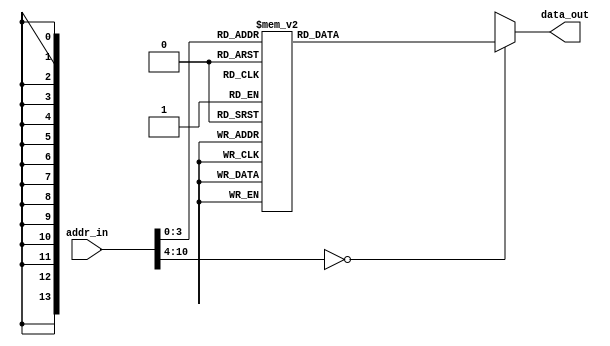
module ROM (
    input[10:0] addr_in,    //address
    output reg[13:0] data_out  //addressdata(instruction)
);
    always @(*) begin
        case(addr_in)
            11'h0: data_out = 14'h01A5;
            11'h1: data_out = 14'h0103;
            11'h2: data_out = 14'h3006;
            11'h3: data_out = 14'h07A5;
            11'h4: data_out = 14'h3005;
            11'h5: data_out = 14'h0725;
            11'h6: data_out = 14'h3E02;
            11'h7: data_out = 14'h05A5;
            11'h8: data_out = 14'h03A5;
            11'h9: data_out = 14'h09A5;
            11'hA: data_out = 14'h280A;
            11'hB: data_out = 14'h3400;
            11'hC: data_out = 14'h3400;
            default: data_out = 14'hx;
        endcase 
    end
endmodule